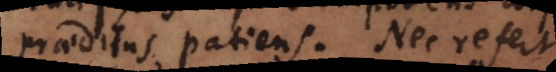
praeditus patiens. Nec refert,